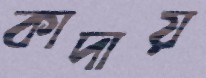
কাদায়